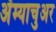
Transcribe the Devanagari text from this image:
अॅम्याचुअर